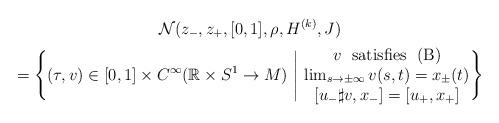
LaTeX: \begin{gather*}\mathcal{N}(z_-,z_+,[0,1],\rho,H^{(k)},J) \\ =\Bigg\{(\tau,v)\in [0,1]\times C^{\infty}(\mathbb{R}\times S^1\rightarrow M) \ \Bigg| \ \begin{matrix} v \textrm{ \ satisfies \ }(\textrm{B}) \\ \lim_{s\rightarrow \pm\infty}v(s,t)=x_{\pm}(t) \\ [u_-\sharp v,x_-]=[u_+,x_+]\end{matrix}\Bigg\}\end{gather*}